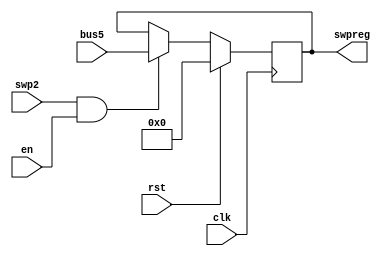
module R13(swpreg,bus5,en,rst,swp2,clk
    );
input en,rst,swp2;
input clk;
input [17:0] bus5;
output [17:0] swpreg;

reg [17:0] swpreg=18'd0;

always @ (negedge clk) begin
	if (rst)
		swpreg<=18'd0;

	else if (swp2 & en)
	swpreg<= bus5;

end
		
endmodule